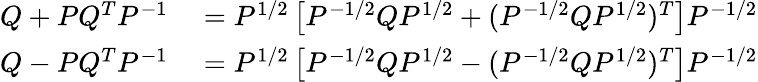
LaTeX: \begin{array}{rl}{Q+PQ^{T}P^{-1}}&{{}=P^{1/2}\left[P^{-1/2}QP^{1/2}+(P^{-1/2}QP^{1/2})^{T}\right]P^{-1/2}}\\ {Q-PQ^{T}P^{-1}}&{{}=P^{1/2}\left[P^{-1/2}QP^{1/2}-(P^{-1/2}QP^{1/2})^{T}\right]P^{-1/2}}\end{array}